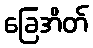
ခြေအိတ်